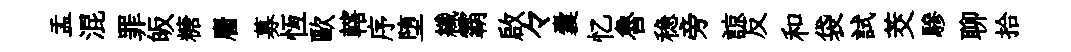
盂混罪皈糖麕募恆歐轄序堕纖霸啟々囊忆魯稳旁諒反和袋試茭驂聊拾